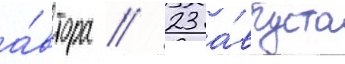
а́втора // 23 а́вгуста